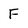
Character: F